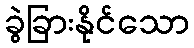
ခွဲခြားနိုင်သော